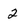
Character: 2